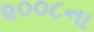
૨૦૦૮ના